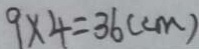
9 \times 4 = 3 6 ( c m )